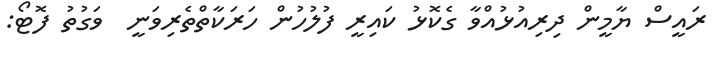
ރައީސް ޔާމީން ދިރިއުޅުއްވާ ގެކޮޅު ކައިރީ ފުލުހުން ހަރަކާތްތެރިވަނީ  ވަގުތު ފޮޓޯ: